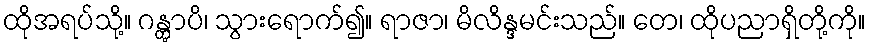
ထိုအရပ်သို့။ ဂန္တွာပိ၊ သွားရောက်၍။ ရာဇာ၊ မိလိန္ဒမင်းသည်။ တေ၊ ထိုပညာရှိတို့ကို။